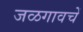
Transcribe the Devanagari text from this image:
जळगावचें